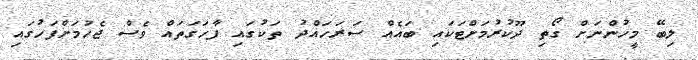
ލިބޭ މީހުންނަށް ގޯތި ދޫކުރުމަށްޓަކައި ބައެއް ސަރަހައްދު ތަކުގައި ފާހަގަތައް ވެސް ޖެހުމަށްފަހުގައި